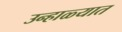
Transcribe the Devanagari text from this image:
उन्‍हाळ्यात